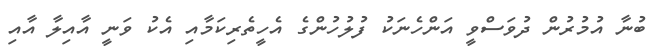
ބުނާ އުމުރުން ދުވަސްވީ އަންހެނަކު ފުލުހުންގެ އެހީތެރިކަމާއި އެކު ވަނީ އާއިލާ އާއި